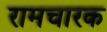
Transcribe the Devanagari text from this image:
रामचारक